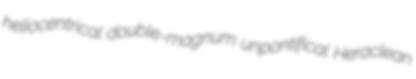
heliocentrical double-magnum unpontifical Heraclean